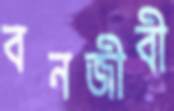
বনজীবী